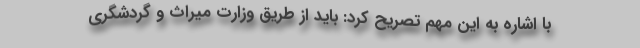
با اشاره به این مهم تصریح کرد: باید از طریق وزارت میراث و گردشگری